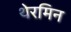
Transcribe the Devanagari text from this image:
थेरमिन